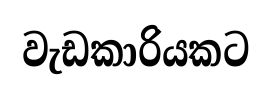
වැඩකාරියකට